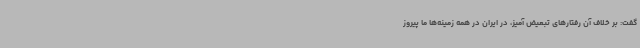
گفت: بر خلاف آن رفتارهای تبعیض آمیز، در ایران در همه زمینه‌ها ما پیروز